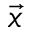
\vec { x }